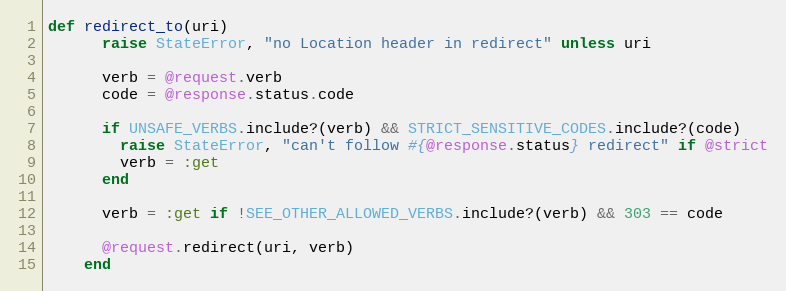
Language: Ruby
def redirect_to(uri)
      raise StateError, "no Location header in redirect" unless uri

      verb = @request.verb
      code = @response.status.code

      if UNSAFE_VERBS.include?(verb) && STRICT_SENSITIVE_CODES.include?(code)
        raise StateError, "can't follow #{@response.status} redirect" if @strict
        verb = :get
      end

      verb = :get if !SEE_OTHER_ALLOWED_VERBS.include?(verb) && 303 == code

      @request.redirect(uri, verb)
    end